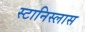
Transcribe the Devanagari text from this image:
स्टानिस्लास